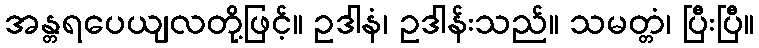
အန္တရပေယျလတို့ဖြင့်။ ဥဒါနံ၊ ဥဒါန်းသည်။ သမတ္တံ၊ ပြီးပြီ။